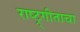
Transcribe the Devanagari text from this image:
राष्ट्र्गीताचा